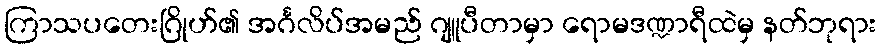
ကြာသပတေးဂြိုဟ်၏ အင်္ဂလိပ်အမည် ဂျူပီတာမှာ ရောမဒဏ္ဍာရီထဲမှ နတ်ဘုရား